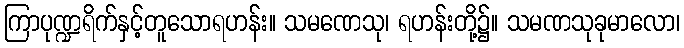
ကြာပုဏ္ဍရိက်နှင့်တူသောရဟန်း။ သမဏေသု၊ ရဟန်းတို့၌။ သမဏသုခုမာလော၊